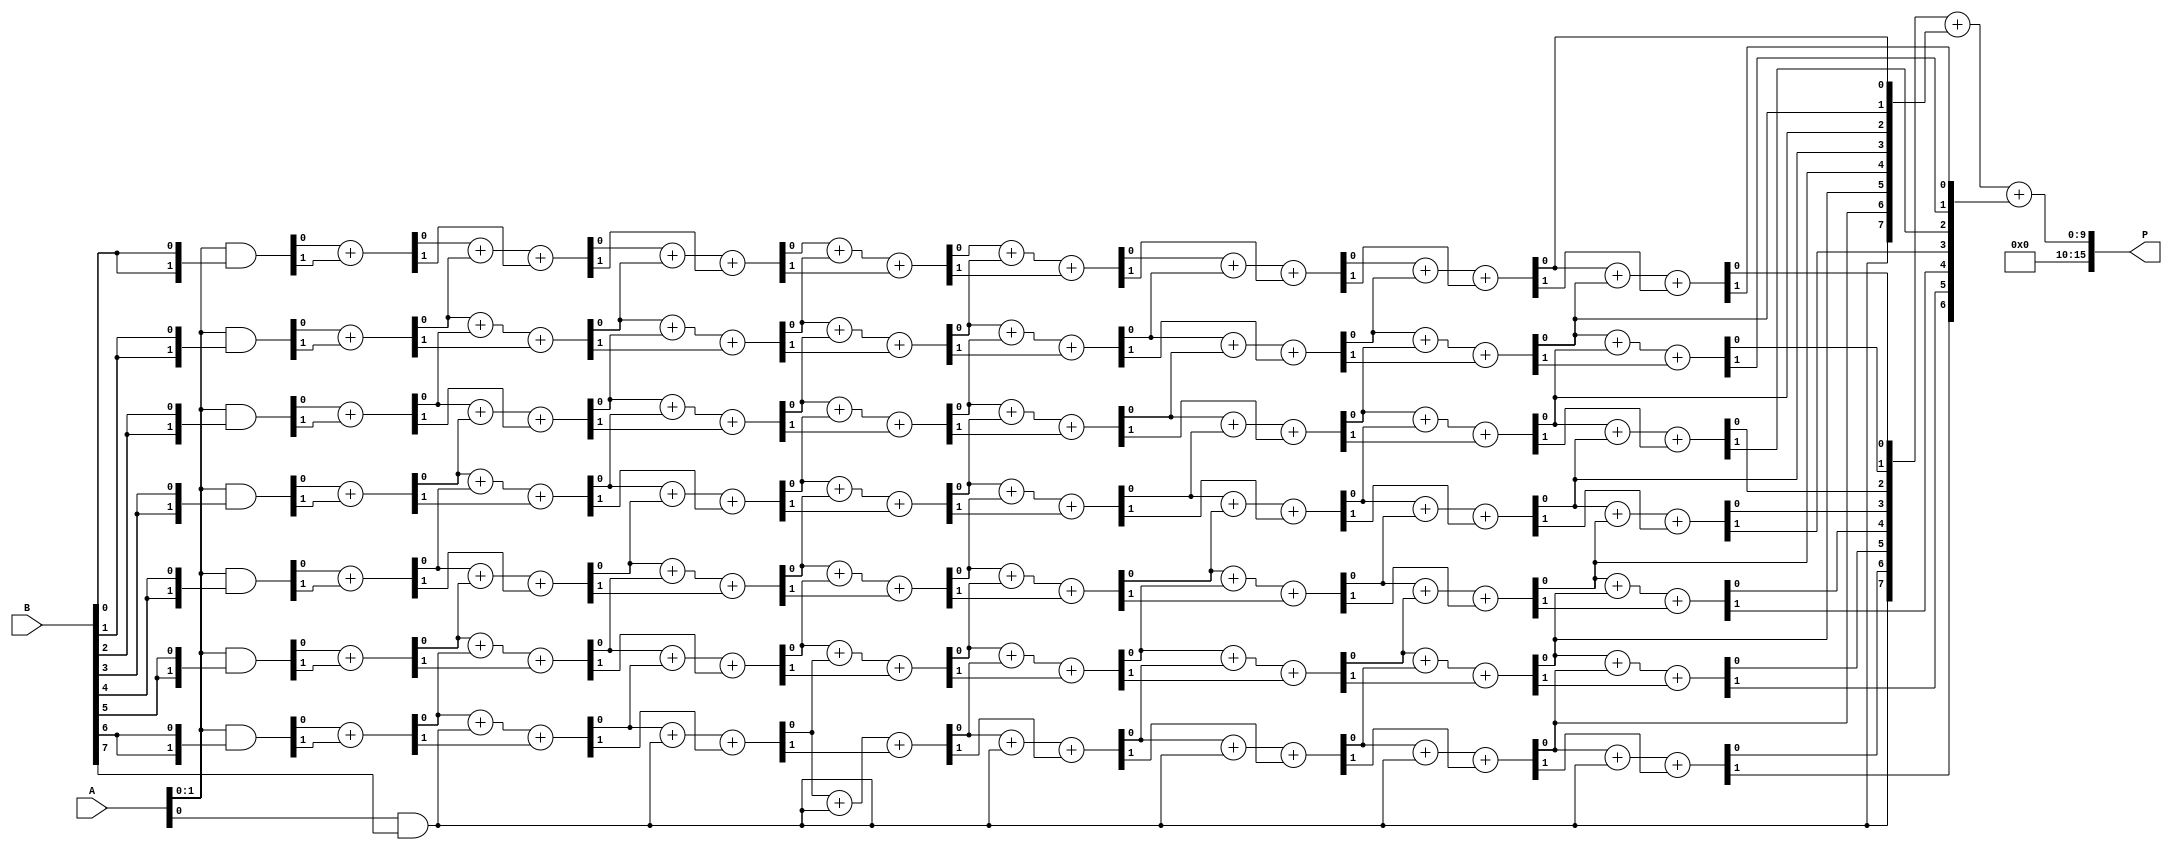
module wallace_tree_multiplier #(parameter N = 8) (
    input  [N-1:0] A,
    input  [N-1:0] B,
    output [2*N-1:0] P
);

    // Generate Partial Products
    wire [N-1:0] pp [0:N-1]; // Partial products
    genvar i, j;
    generate
        for (i = 0; i < N; i = i + 1) begin : pp_gen
            assign pp[i] = A & {N{B[i]}}; // AND A with each bit of B
        end
    endgenerate

    // Wallace Tree Reduction
    wire [N-1:0] sum [0:N-1]; // Sums at each stage
    wire [N-1:0] carry [0:N-1]; // Carries at each stage

    // First stage of reduction
    generate
        for (i = 0; i < N; i = i + 1) begin : stage1
            if (i < N-1) begin
                assign {carry[0][i], sum[0][i]} = pp[i][0] + pp[i][1];
            end else begin
                assign sum[0][i] = pp[i][0];
                assign carry[0][i] = 1'b0;
            end
        end
    endgenerate

    // Subsequent stages of reduction
    genvar stage;
    for (stage = 1; stage < N; stage = stage + 1) begin : reduction_stages
        for (i = 0; i < N; i = i + 1) begin : reduction
            if (i < N-1) begin
                assign {carry[stage][i], sum[stage][i]} = sum[stage-1][i] + sum[stage-1][i+1] + carry[stage-1][i];
            end else begin
                assign sum[stage][i] = sum[stage-1][i];
                assign carry[stage][i] = 1'b0;
            end
        end
    end

    // Final addition of the last two sums
    wire [2*N-1:0] final_sum;
    wire [2*N-1:0] final_carry;

    assign {final_carry, final_sum} = {1'b0, sum[N-1]} + {1'b0, sum[N-2]} + {1'b0, carry[N-1]};

    // Assign final product
    assign P = final_sum;

endmodule